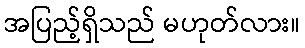
အပြည့်ရှိသည် မဟုတ်လား။